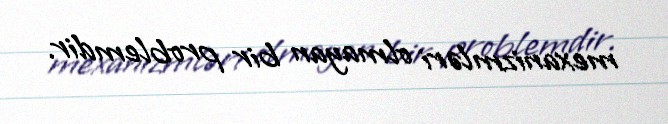
mexanizmləri olmayan bir problemdir.